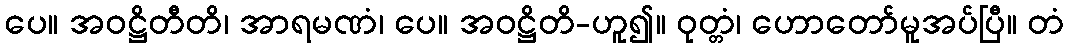
ပေ။ အဝဋ္ဌိတီတိ၊ အာရမဏံ၊ ပေ။ အဝဋ္ဌိတိ-ဟူ၍။ ဝုတ္တံ၊ ဟောတော်မူအပ်ပြီ။ တံ